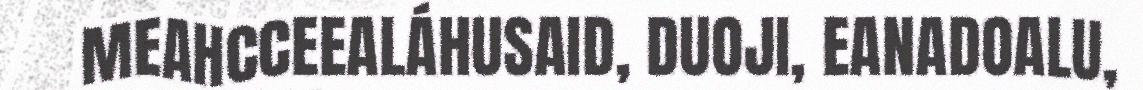
MEAHCCEEALÁHUSAID, DUOJI, EANADOALU,